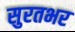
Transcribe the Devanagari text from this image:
सुरतभर